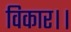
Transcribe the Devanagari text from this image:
विकार।।